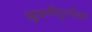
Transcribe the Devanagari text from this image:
सुवर्णदुर्गावर